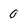
Character: 0